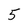
Character: 5